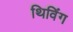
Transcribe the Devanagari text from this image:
थिविंग